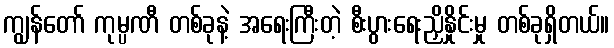
ကျွန်တော် ကုမ္ပဏီ တစ်ခုနဲ့ အရေးကြီးတဲ့ စီးပွားရေးညှိနှိုင်းမှု တစ်ခုရှိတယ်။